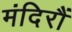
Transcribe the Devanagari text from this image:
मंदिरौं